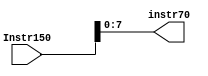
module shrinkImm
(

input  	 [15:0]	Instr150, 
//output port
output    [7:0]  instr70
);

assign instr70=Instr150[7:0];


endmodule